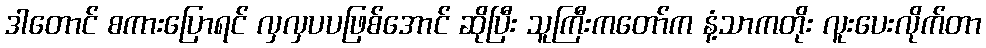
ဒါတောင် စကားပြောရင် လှလှပပဖြစ်အောင် ဆိုပြီး သူကြီးကတော်က နံ့သာကတိုး လူးပေးလိုက်တာ